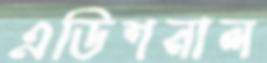
এডিশনাল